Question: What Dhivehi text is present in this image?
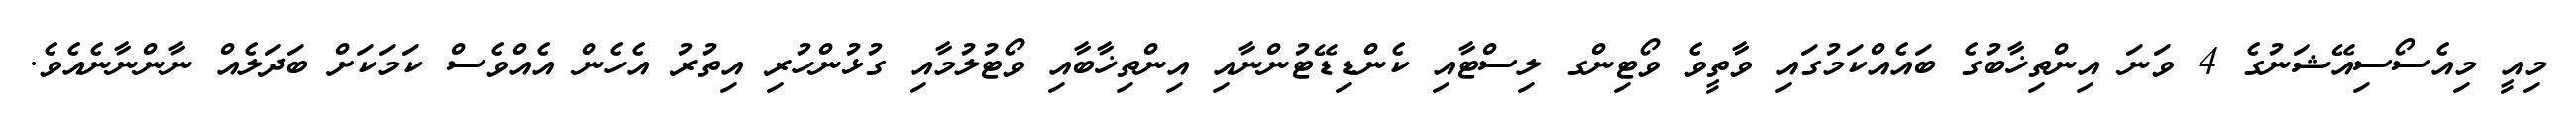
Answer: މިއީ މިއެސޯސިއޭޝަނުގެ 4 ވަނަ އިންތިޚާބުގެ ބައެއްކަމުގައި ވާތީވެ ވޯޓިންގ ލިސްޓާއި ކެންޑިޑޭޓުންނާއި އިންތިޚާބާއި ވޯޓުލުމާއި ގުޅުންހުރި އިތުރު އެހެން އެއްވެސް ކަމަކަށް ބަދަލެއް ނާންނާނެއެވެ.